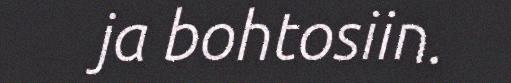
ja bohtosiin.